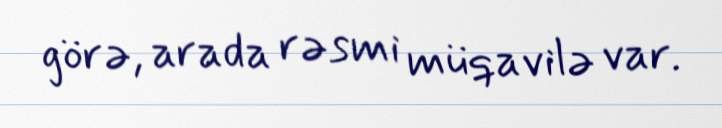
görə, arada rəsmi müqavilə var.